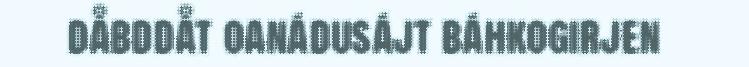
dåbddåt oanádusájt báhkogirjen